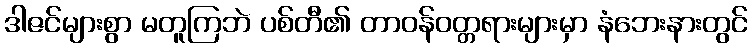
ဒါဇင်များစွာ မတူကြဘဲ ပစ်တီ၏ တာဝန်ဝတ္တရားများမှာ နံဘေးနားတွင်